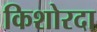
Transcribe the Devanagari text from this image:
किशोरदा